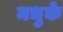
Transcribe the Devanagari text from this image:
मधुके